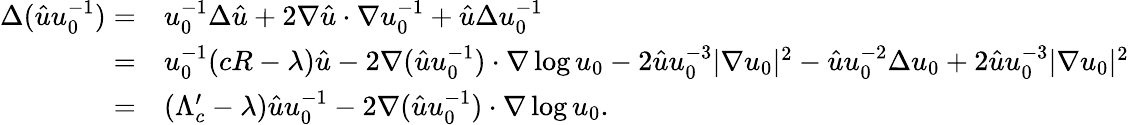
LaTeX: \begin{array}{rl}{\Delta(\hat{u}u_{0}^{-1})=}&{u_{0}^{-1}\Delta\hat{u}+2\nabla\hat{u}\cdot\nabla u_{0}^{-1}+\hat{u}\Delta u_{0}^{-1}}\\ {=}&{u_{0}^{-1}(cR-\lambda)\hat{u}-2\nabla(\hat{u}u_{0}^{-1})\cdot\nabla\log u_{0}-2\hat{u}u_{0}^{-3}|\nabla u_{0}|^{2}-\hat{u}u_{0}^{-2}\Delta u_{0}+2\hat{u}u_{0}^{-3}|\nabla u_{0}|^{2}}\\ {=}&{(\Lambda_{c}^{\prime}-\lambda)\hat{u}u_{0}^{-1}-2\nabla(\hat{u}u_{0}^{-1})\cdot\nabla\log u_{0}.}\end{array}